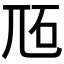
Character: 𡯝